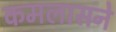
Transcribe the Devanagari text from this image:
कमलासने